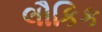
લૌકિક